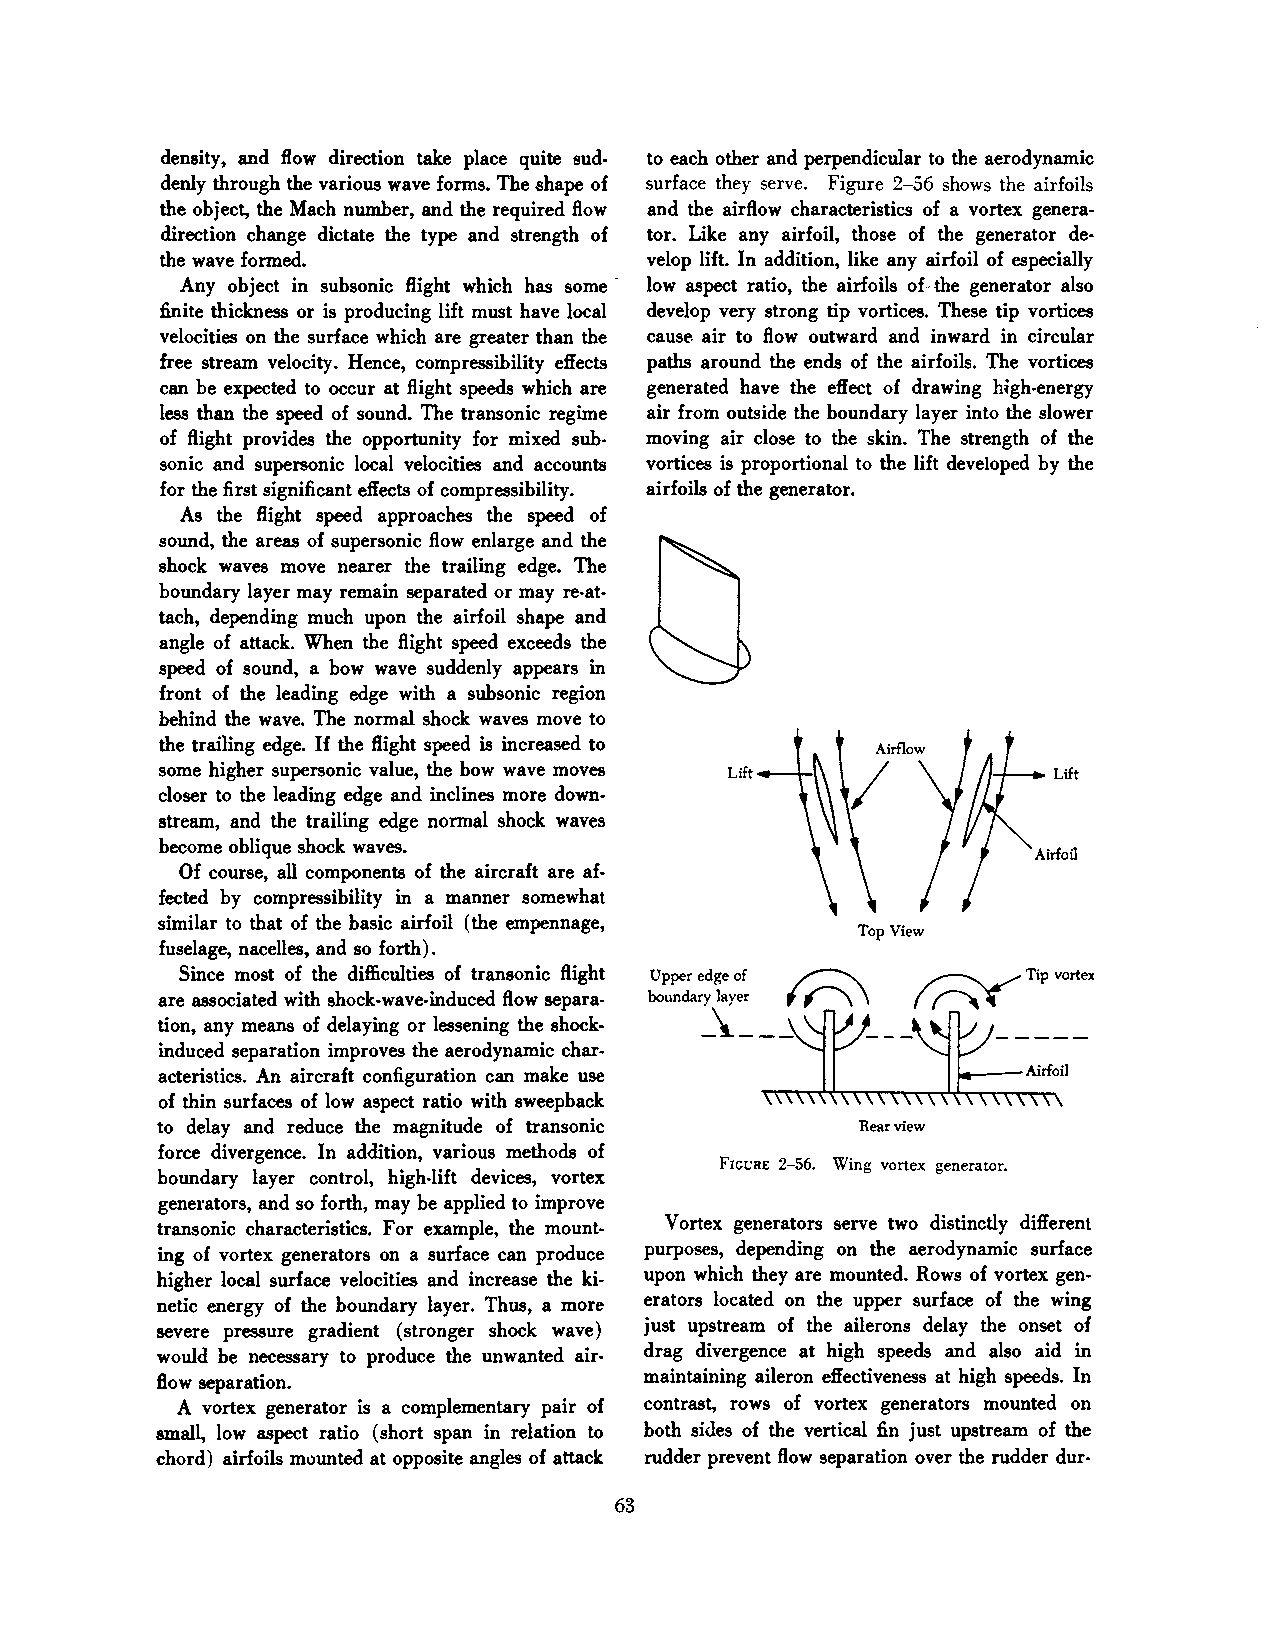
density, and Bow direction take place quite sud to each other and perpendicular to the aerodynamic
 denly through the various wave forms. The shape of surface they serve. Figure 2-56 shows the airfoils
 the object, the Mach number, and the required Bow and the airflow characteristics of a vortex genera
 direction change dictate the type and strength of tor. Like any airfoil, those of the generator de
 the wave formed.                velop lift. In addition, like any airfoil of especially
 Any object in subsonic Bight which has some low aspect ratio, the airfoils of--the generator also
 finite thickness or is producing lift must have local develop very strong tip vortices. These tip vortices
 velocities on the surface which are greater than the cause air to flow outward and inward in circular
 free stream velocity. Hence, compressibility effects paths around the ends of the airfoils. The vortices
 can be expected to occur at Bight speeds which are generated have the effect of drawing high-energy
 less than the speed of sound. The transonic regime air from outside the boundary layer into the slow:er
 of Bight provides the opportunity for mixed sub moving air close to the skin. The strength of the
 sonic and supersonic local velocities and accounts vortices is proportional to the lift developed by the
 for the first significant effects of compressibility. airfoils of the generator.
 As the Bight speed approaches the speed of
 sound, the areas of supersonic Bow enlarge and the
 shock waves move nearer the trailing edge. The
 boundary layer may remain separated or may re-at
 tach, depending much upon the airfoil shape and
 angle of attack. When the Bight speed exceeds the
 speed of sound, a bow wave suddenly appears in
 front of the leading edge with a subsonic region
 behind the wave. The normal shock waves move to
 the trailing edge. If the Bight speed is increased to
 some higher supersonic value, the bow wave moves Lift       Lift
 closer to the leading edge and inclines more down
 stream, and the trailing edge normal shock waves
 become oblique shock waves.
 Of course, all components of the aircraft are af
 fected by compressibility in a manner somewhat
 similar to that of the basic airfoil (the empennage,
 Top View
 fuselage, nacelles, and so forth).       :t"-   -
 Since most of the difficulties of transonic flight Upper edge of ~ ~Tip vortex
 -::tf"\ -----
 are associated with shock-wave-induced flow separa
 boundar~\~-
 tion, any means of delaying or lessening the shock
 induced separation improves the aerodynamic char
 acteristics. An aircraft configuration can make use       Airfoil
 ,,,,,~;,,,
 of thin surfaces of low aspect ratio with sweepback
 to delay and reduce the magnitude of transonic Rear view
 force divergence. In addition, various methods of
 FIGURE 2-56. Wing vortex generator.
 boundary layer control, high-lift devices, vortex
 generators, and so forth, may be applied to improve
 transonic characteristics. For example, the mount Vortex generators serve two distinctly different
 ing of vortex generators on a surface can produce purposes, depending on the aerodynamic surface
 higher local surface velocities and increase the ki upon which they are mounted. Rows of vortex gen
 netic energy of the boundary layer. Thus, a more erators located on the upper surface of the wing
 severe pressure gradient (stronger shock wave) just upstream of the ailerons delay the onset of
 would be necessary to produce the unwanted air drag divergence at high speeds and also aid in
 flow separation.                 maintaining aileron effectiveness at high speeds. In
 A vortex generator is a complementary pair of contrast, rows of vortex generators mounted on
 small, low aspect ratio (short span in relation to both sides of the vertical fin just upstream of the
 chord) airfoils mounted at opposite angles of attack rudder prevent flow separation over the rudder dur-
 63